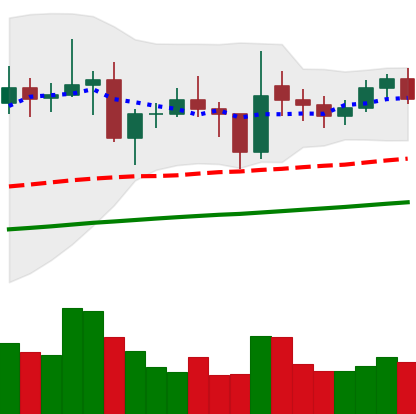
Ticker: ETC-USD
Chart end date: 2021-02-04
Forward return: 25.129%
Label: up_7plus